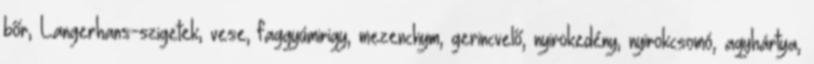
bőr, Langerhans-szigetek, vese, faggyúmirigy, mezenchym, gerincvelő, nyirokedény, nyirokcsomó, agyhártya,